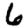
Digit: 6